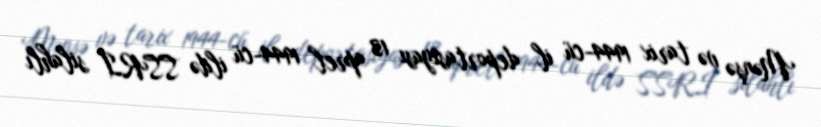
Mənşə və tarix 1944-cü il deportasiyası 13 aprel 1944-cü ildə SSRİ silahlı